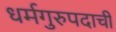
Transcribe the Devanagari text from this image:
धर्मगुरुपदाची